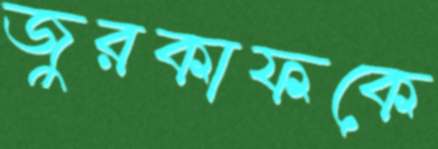
জুরকাফকে